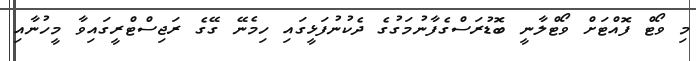
މި ވޯޓް ފޮއްޓަށް ވޯޓްލާނީ ބޮޑުރަސްގެފާނުމަގުގެ ދެކުނުފަޅީގައި ހިމެނޭ ގޭގެ ރަޖިސްޓްރީގައިވާ މީހުނާއި